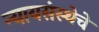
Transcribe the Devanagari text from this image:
न्यायसंस्थेचे